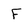
Character: F